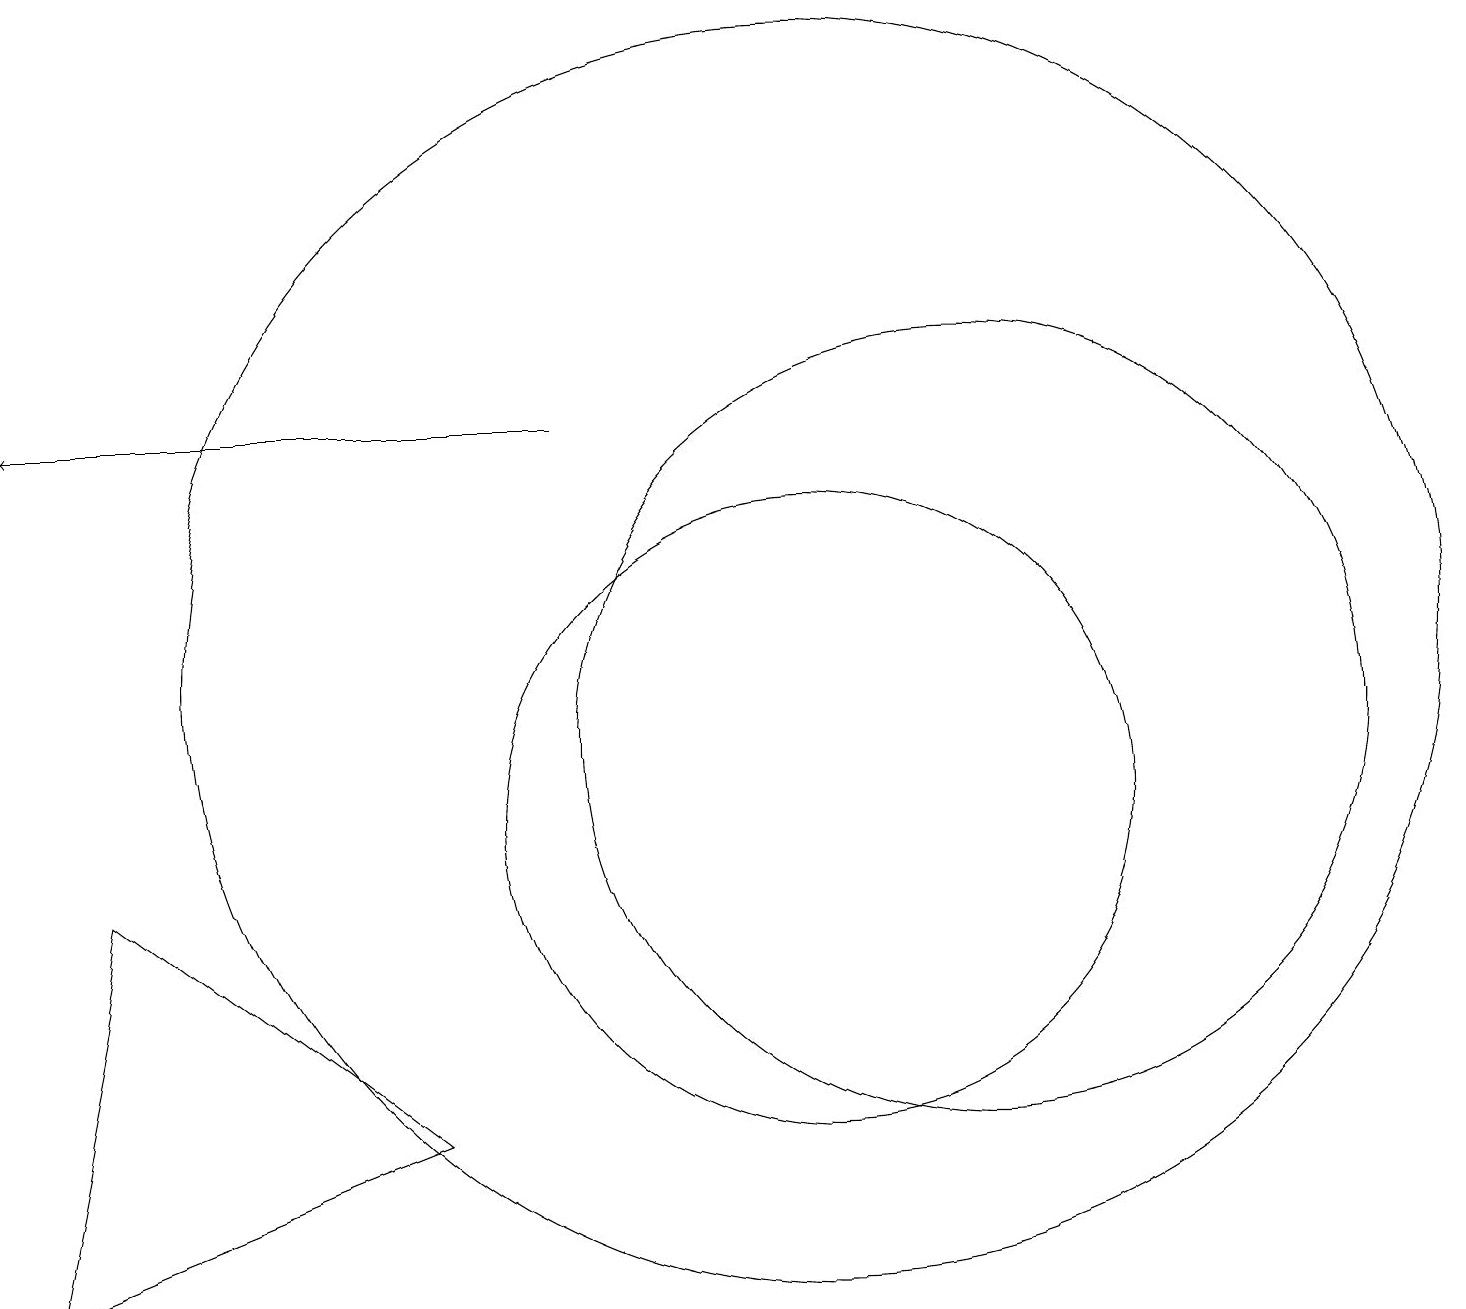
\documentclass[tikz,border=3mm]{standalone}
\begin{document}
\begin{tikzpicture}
\draw (1,9) -- (0,4) -- (5,6) -- cycle;
\draw[->] (7,15) -- (0,15);
\draw (10,12) circle (8);
\draw (12,11) circle (5);
\draw (10,10) circle (4);
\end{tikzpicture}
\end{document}